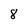
Character: 8